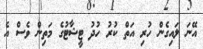
އޭނަ ލައިގެން ހުރި އަތް ކުރު ހުދު ޓީޝާޓުގެ މަތިން ވެސް އެ